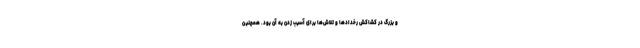
و بزرگ در کشاکش رخدادها و تلاش‌ها برای آسیب زدن به آن بود. همچنین